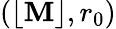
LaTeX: (\lfloor\mathbf{M}\rfloor,r_{0})